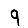
Digit: 9